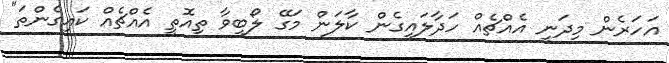
އަހަރެން މިދަނީ އެއްޗެއް ހަދާލައިގެން ކާލަން މަގޭ ލޯބިވާ ތިއޮތީ އެއްޗެއް ކައިގެންތަ"